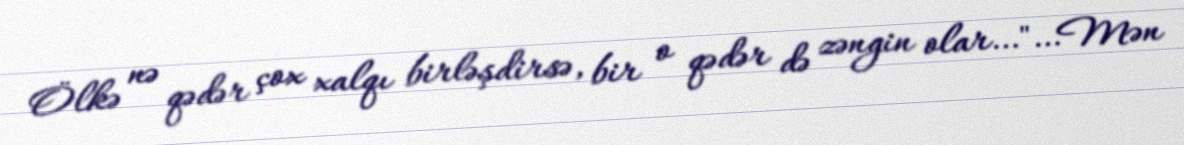
Ölkə nə qədər çox xalqı birləşdirsə, bir o qədər də zəngin olar…"…Mən